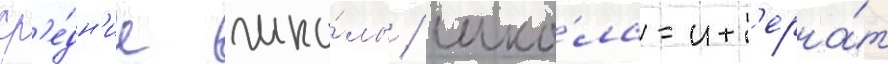
ср'е́дн'ие шко́лы / шко́ла-инт'ерна́т